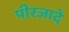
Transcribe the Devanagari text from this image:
पीरजादे